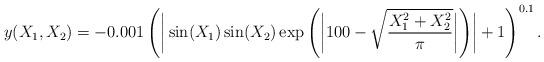
LaTeX: \begin{align*} y(X_1,X_2)=-0.001\left(\bigg|\sin(X_1) \sin(X_2) \exp{\left(\bigg|100-\sqrt{\dfrac{X_1^2+X_2^2}{\pi}}\bigg|\right)}\bigg|+1\right)^{0.1}.\end{align*}